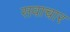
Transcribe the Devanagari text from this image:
सवाचार